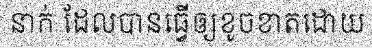
នាក់ ដែលបានធ្វើឲ្យខូចខាតដោយ